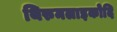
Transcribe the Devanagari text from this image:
थिरुमलाइकोदि